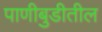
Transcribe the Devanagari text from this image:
पाणीबुडीतील